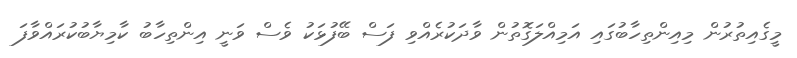
މީގެއިތުރުން މިއިންތިހާބުގައި އަމިއްލަގޮތުން ވާދަކުރެއްވި ފަސް ބޭފުޅަކު ވެސް ވަނީ އިންތިހާބު ކާމިޔާބުކުރައްވާފަ